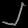
Digit: ၂